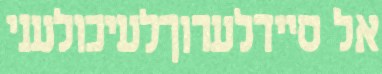
אל סיידלערוךלעיכולעני